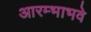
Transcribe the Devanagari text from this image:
आरम्भाभवे